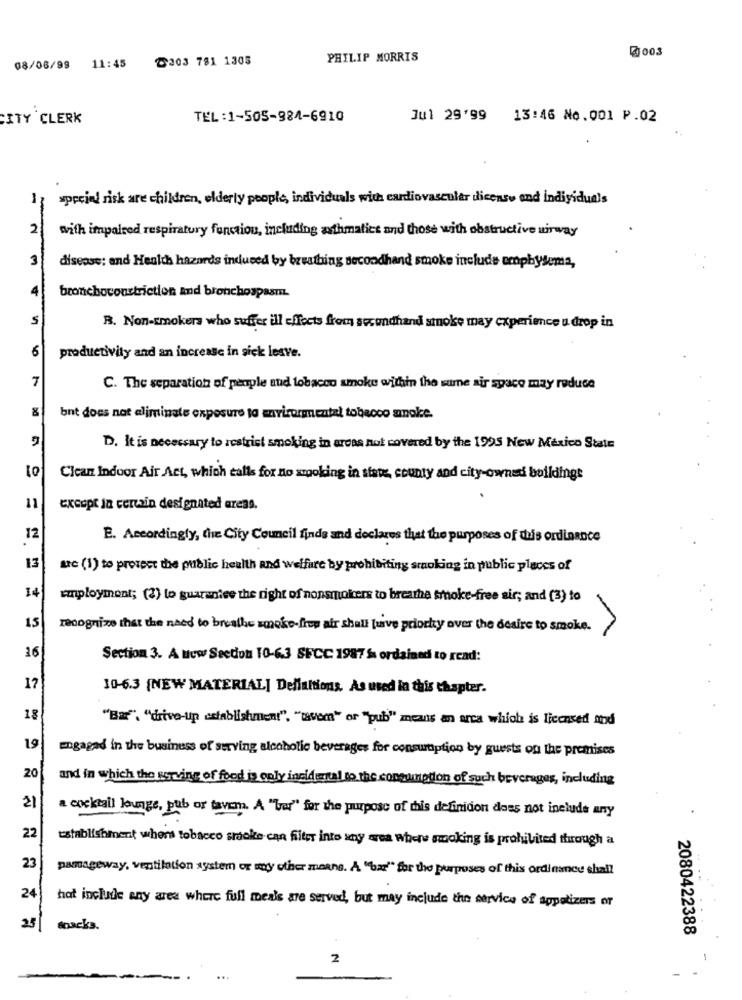
₹003
T303 781 1305
PHILIP MORRIS
08/06/99 11:45
CITY CLERK
TEL:1-505-984-6910
Jul 29'99 13:46 No.001 P.02
special risk are children, elderly people, individuals with cardiovascular dicenso and individuals
-
2
with impaired respiratory fonction, including asthmatics and those with obstructive uirway
3
disease; and Health hazards induced by breathing secondhand smoke include emphysema,
4
bronchoconstriction and bronchospasm.
S
R. Non-smokers who suffer ill effects from secondhand smoke may experience u drop in
6
productivity and an increase in sick lesve.
7
C. The separation of people and tobacco smoke within the sume air space may reduce
bnt does not eliminate exposure to environmental tobacco amoke.
D. It is necessary to restrict smoking in areas not covered by the 1995 New Mexico State
Clean Indoor Air Act, which calls for no smoking in siste, county and city-owned buildingt
11
except in certain designated areas.
12
E. Accordingly, the City Council finds and declares that the purposes of this ordinance
13
ue (1) to protect the public health and welfare by prohibiting smoking in public places of
14
employment; (2) to guarantee the right of nonsmokers to breathe smoke-free sir; and (3) to
15
recognize that the need to breathe smoke-free air shall have priorky over the desire to smoke.
16
Section 3. A New Section 10-6.3 SFCC 1987 fs ordained to read:
17
10-6.3 (NEW MATERIAL] Dellaitions. As used in this chapter.
18
"Bar", "drive-up establishment", "cavem" or "pub" means an arca which is licensed and
19
engaged in the business of serving alcoholic beverages for consumption by guests of the premises
20
and in which the serving of food is only incidental to the consumption of such beverages, including
21
a cocktail lounge, pub or tavem. A "bar" for the purpose of this definidon does not include any
22
establishment whers tobacco smoke can filter into any area where smoking is prohibited through a
23
pamageway, ventilation system or any other means. A "bar" for the purposes of this ordinance shall
24
hat include any area where full meals are served, but may include the service of appetizers or
25
snacks.
2080422388
2
-